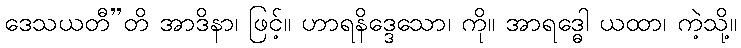
ဒေသယတီ”တိ အာဒိနာ၊ ဖြင့်။ ဟာရနိဒ္ဒေသော၊ ကို။ အာရဒ္ဓေါ ယထာ၊ ကဲ့သို့။